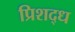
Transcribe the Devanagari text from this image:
प्रिशद्ध